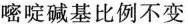
嘧啶碱基比例不变